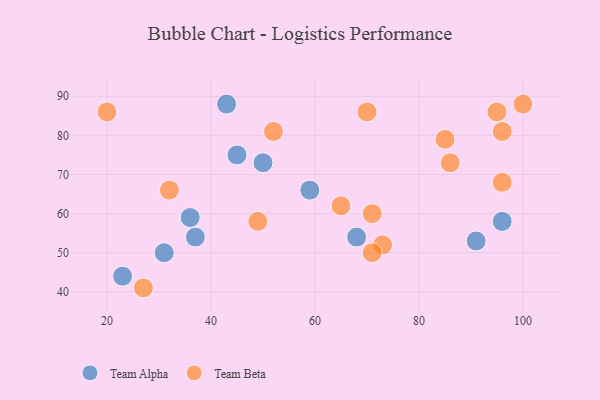
{"axis": {"x": "GDP", "y": "Life Expectancy"}, "legend": ["Team Alpha", "Team Beta"], "data": [{"x": "68", "y": 54, "type": "Team Alpha"}, {"x": "43", "y": 88, "type": "Team Alpha"}, {"x": "96", "y": 58, "type": "Team Alpha"}, {"x": "45", "y": 75, "type": "Team Alpha"}, {"x": "36", "y": 59, "type": "Team Alpha"}, {"x": "59", "y": 66, "type": "Team Alpha"}, {"x": "31", "y": 50, "type": "Team Alpha"}, {"x": "37", "y": 54, "type": "Team Alpha"}, {"x": "91", "y": 53, "type": "Team Alpha"}, {"x": "23", "y": 44, "type": "Team Alpha"}, {"x": "50", "y": 73, "type": "Team Alpha"}, {"x": "20", "y": 86, "type": "Team Beta"}, {"x": "49", "y": 58, "type": "Team Beta"}, {"x": "85", "y": 79, "type": "Team Beta"}, {"x": "96", "y": 68, "type": "Team Beta"}, {"x": "65", "y": 62, "type": "Team Beta"}, {"x": "96", "y": 81, "type": "Team Beta"}, {"x": "32", "y": 66, "type": "Team Beta"}, {"x": "71", "y": 60, "type": "Team Beta"}, {"x": "73", "y": 52, "type": "Team Beta"}, {"x": "86", "y": 73, "type": "Team Beta"}, {"x": "52", "y": 81, "type": "Team Beta"}, {"x": "70", "y": 86, "type": "Team Beta"}, {"x": "27", "y": 41, "type": "Team Beta"}, {"x": "71", "y": 50, "type": "Team Beta"}, {"x": "100", "y": 88, "type": "Team Beta"}, {"x": "95", "y": 86, "type": "Team Beta"}]}